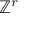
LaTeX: \mathbb { Z } ^ { r }